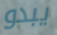
يبدو